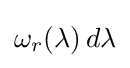
\omega _{r}(\lambda )\,d\lambda